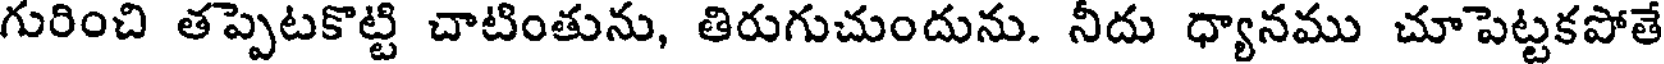
గురించి తప్పెటకొట్టి చాటింతును, తిరుగుచుందును. నీదు ధ్యానము చూపెట్టకపోతే